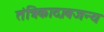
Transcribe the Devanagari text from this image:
तंत्रिकादाबजन्य